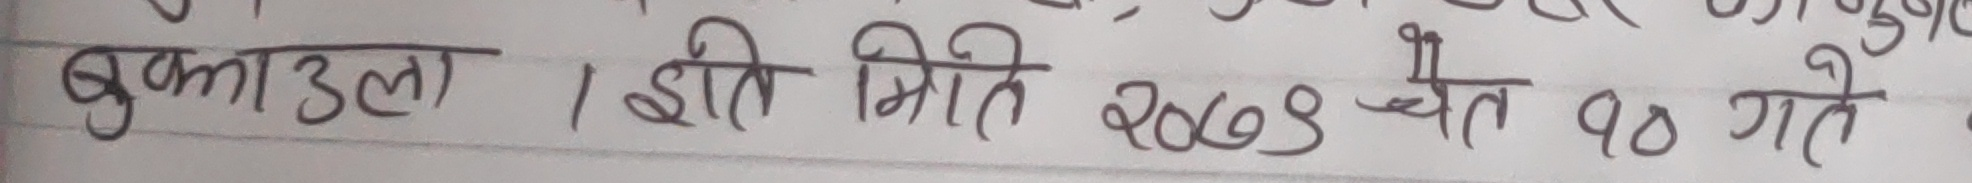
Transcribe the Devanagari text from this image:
बुझाउला । ईति मिति २०७९ चैत्र १० गते ।